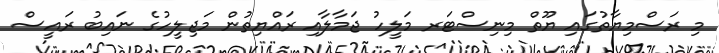
މި ރަސްމިޔާތުގައި ޔޫތް މިނިސްޓަރ މަލީހު ޖަމާލާއި ރައްޔިތުން މަޖިލީހުގެ ނައިބު ރައީސް